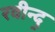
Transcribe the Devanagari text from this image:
रवीन्द्र्